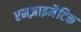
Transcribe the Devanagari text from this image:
एनज़ाइमैटिक